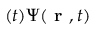
( t ) \Psi ( \textbf { r } , t )